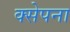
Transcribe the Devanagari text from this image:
क्सेपना